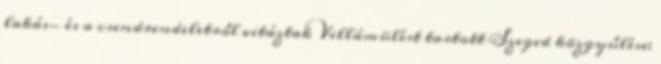
lakás- és a csendrendeletről vitáztak Villámülést tartott Szeged közgyűlése: